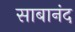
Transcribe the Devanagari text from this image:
साबानंद